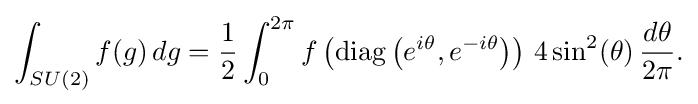
\displaystyle {\int _{SU(2)}f(g)\,dg={\frac {1}{2}}\int _{0}^{2\pi }f\left(\mathrm {diag} \left(e^{i\theta },e^{-i\theta }\right)\right)\,4\,\mathrm {sin} ^{2}(\theta )\,{\frac {d\theta }{2\pi }}.}